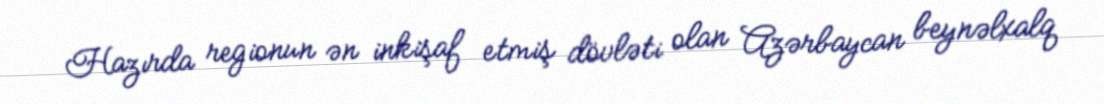
Hazırda regionun ən inkişaf etmiş dövləti olan Azərbaycan beynəlxalq